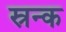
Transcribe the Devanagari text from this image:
स्रन्क